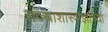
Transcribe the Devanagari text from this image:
राज्याशास्त्राज्ञांच्या